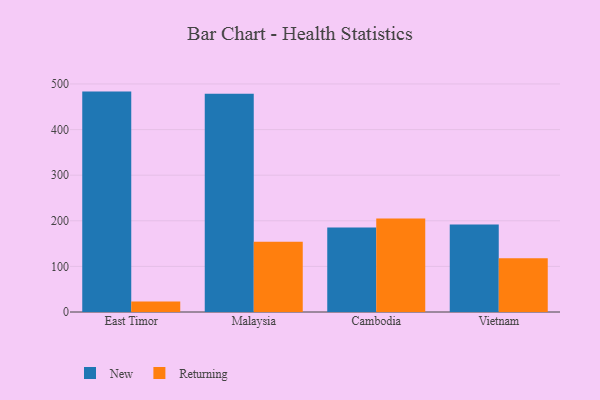
{"axis": {"x": "Country", "y": "Bounce Rate (%)"}, "legend": ["New", "Returning"], "data": [{"x": "East Timor", "y": 483.3, "type": "New"}, {"x": "East Timor", "y": 23.2, "type": "Returning"}, {"x": "Malaysia", "y": 478.5, "type": "New"}, {"x": "Malaysia", "y": 154.0, "type": "Returning"}, {"x": "Cambodia", "y": 185.4, "type": "New"}, {"x": "Cambodia", "y": 205.1, "type": "Returning"}, {"x": "Vietnam", "y": 191.9, "type": "New"}, {"x": "Vietnam", "y": 118.0, "type": "Returning"}]}